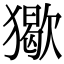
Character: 𤢔